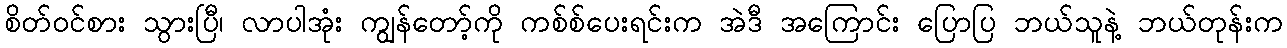
စိတ်ဝင်စား သွားပြီ၊ လာပါအုံး ကျွန်တော့်ကို ကစ်စ်ပေးရင်းက အဲဒီ အကြောင်း ပြောပြ ဘယ်သူနဲ့ ဘယ်တုန်းက